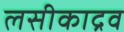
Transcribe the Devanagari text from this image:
लसीकाद्रव